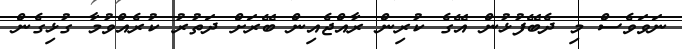
ނަވަވެސް މި ދެބޭފުޅުން އޭގެ ކުރިން ރާއްޖެއިން ބޭރަށް ދަތުރު ކުރެއްވުމާ ގުޅިގެން